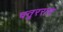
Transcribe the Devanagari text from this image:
चतुरराव